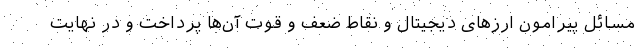
مسائل پیرامون ارزهای دیجیتال و نقاط ضعف و قوت آن‌ها پرداخت و در نهایت